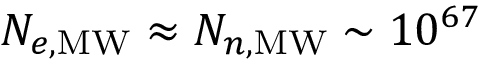
N _ { e , \mathrm { M W } } \approx N _ { n , \mathrm { M W } } \sim 1 0 ^ { 6 7 }